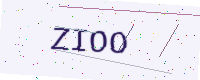
Text: ZIOO